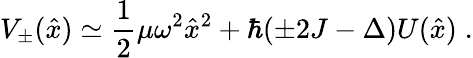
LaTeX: V_{\pm}(\hat{x})\simeq\frac 12\mu\omega^{2}\hat{x}^{2}+\hbar(\pm 2J-\Delta)U(\hat{x})\; .